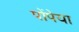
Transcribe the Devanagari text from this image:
पोंपेया